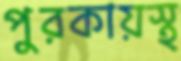
পুরকায়স্থ